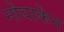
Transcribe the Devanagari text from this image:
नोवाकेन